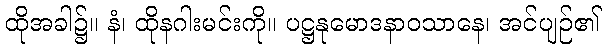
ထိုအခါ၌။ နံ၊ ထိုနဂါးမင်းကို။ ပဋ္ဌနုမောဒနာဝသာနေ၊ အင်ပျဉ်၏